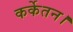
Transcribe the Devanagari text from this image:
कर्केतन।